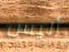
أليس